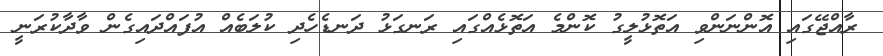
ރާއްޖޭގައި އޮންނަންވި އަތޮޅުލީގު ކޮންމެ އަތޮޅެއްގައި ރަނގަޅު ދަނޑެހެދި ކުލަބެއް އުފައްދައިގެން ވާދާކުރަނީ